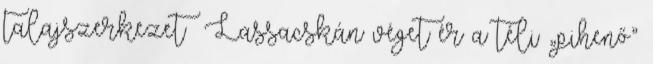
talajszerkezet Lassacskán véget ér a téli „pihenő”